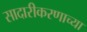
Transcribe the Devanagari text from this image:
सादारीकरणाच्या